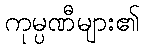
ကုမ္ပဏီများ၏